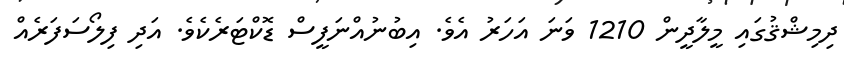
ދިމިޝްޤުގައި މީލާދީން 1210 ވަނަ އަހަރު އެވެ. އިބުނުއްނަފީސް ޑޮކްޓަރެކެވެ. އަދި ފިލޯސަފަރެއް